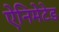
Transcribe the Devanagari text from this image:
ऐनिमेटेड